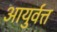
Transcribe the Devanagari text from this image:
आयुर्वत्त